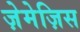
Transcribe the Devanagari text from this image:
ज़ेमेज़िस